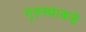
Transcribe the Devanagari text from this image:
गृहस्थाकडे